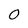
Character: 0